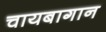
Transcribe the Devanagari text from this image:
चायबागान